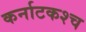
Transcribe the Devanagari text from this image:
कर्नाटकश्च